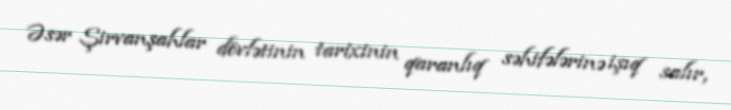
Əsər Şirvanşahlar dövlətinin tarixinin qaranlıq səhifələrinə işıq salır,